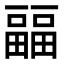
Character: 㽬